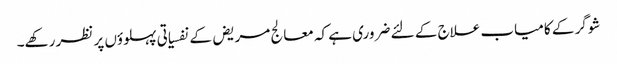
شوگر کے کامیاب علاج کے لئے ضروری ہے کہ معالج مریض کے نفسیاتی پہلوؤں پر نظر رکھے۔